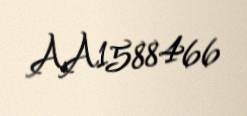
AA1588466